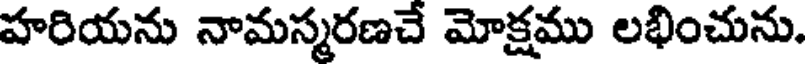
హరియను నామస్మరణచే మోక్షము లభించును.